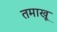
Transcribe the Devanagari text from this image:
तमाखू